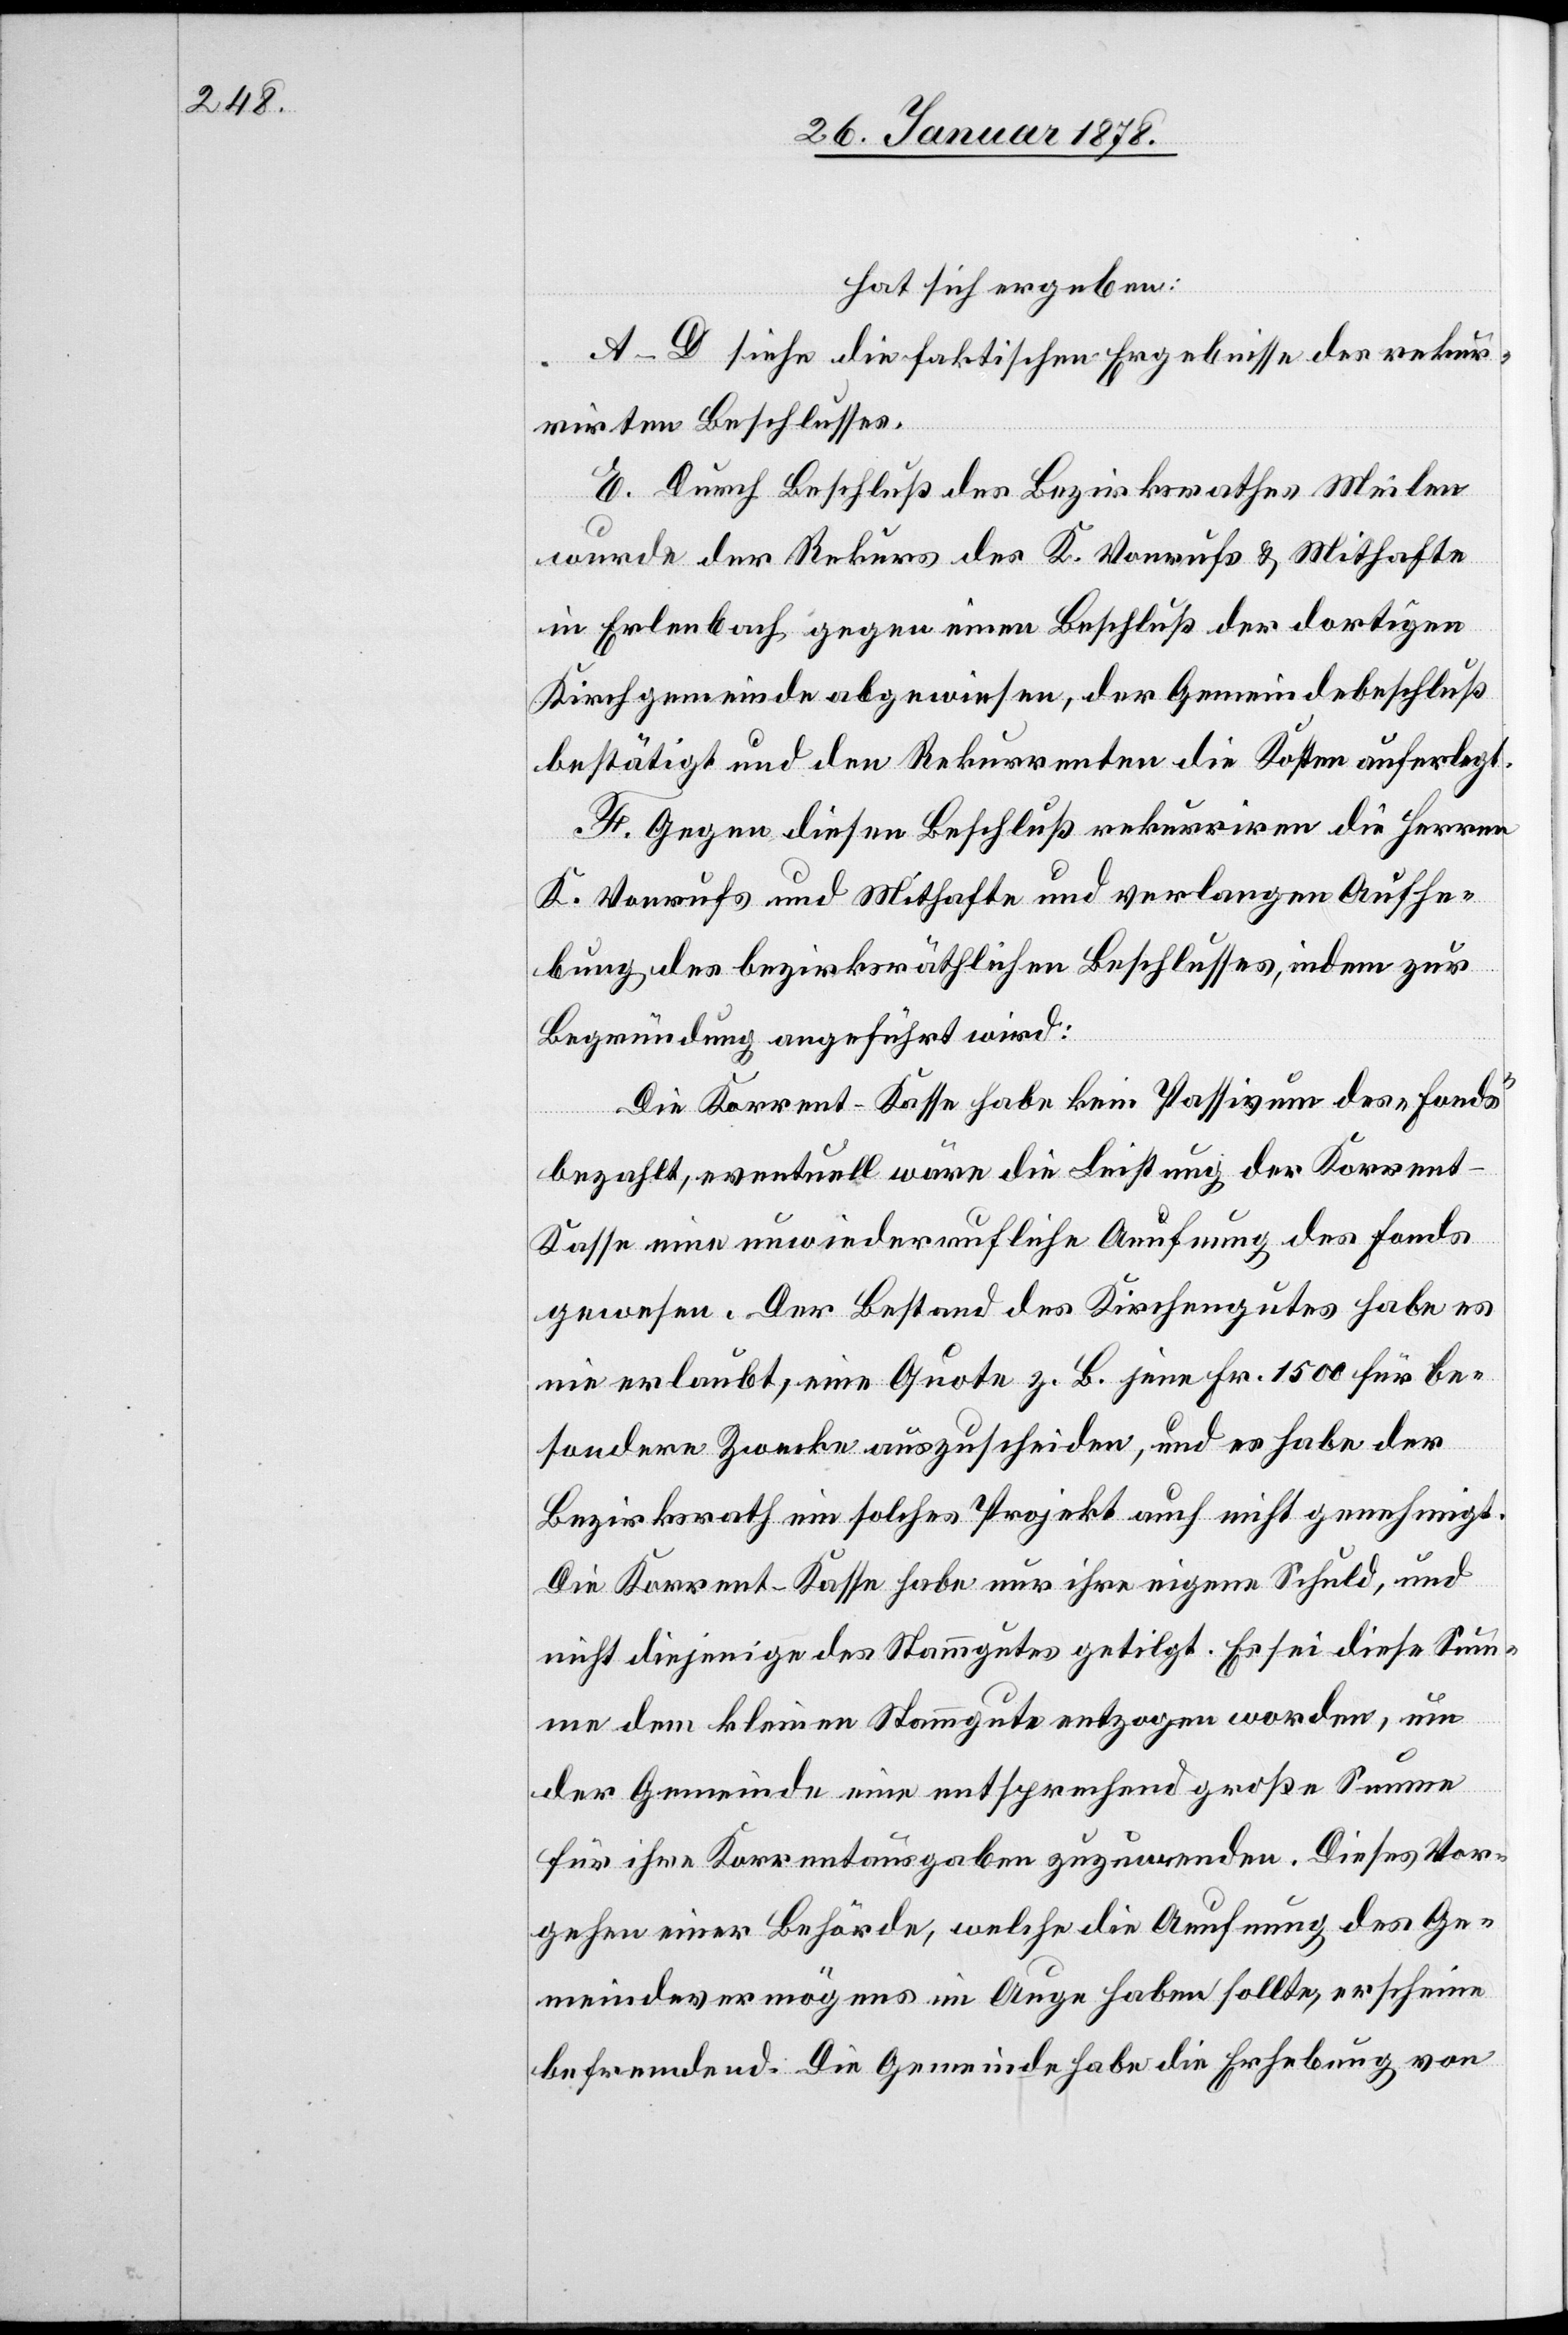
hat sich ergeben:
A–D. siehe die faktischen Ergebnisse des rekur¬
rirten Beschlusses.
E. Durch Beschluß des Bezirksrathes Meilen
wurde der Rekurs des K. Vonrufs & Mithafte
in Erlenbach gegen einen Beschluß der dortigen
Kirchgemeinde abgewiesen, der Gemeindebeschluß
bestätigt und den Rekurrenten die Kosten auferlegt.
F. Gegen diesen Beschluß rekurriren die Herren
K. Vonrufs und Mithafte und verlangen Aufhe¬
bung des bezirksräthlichen Beschlusses, indem zur
Begründung angeführt wird:
Die Korrent-Kasse habe kein Passivum des „Fonds“
bezahlt, eventuell wäre die Leistung der Korrent-K¬
asse eine unwiederrufliche Aeufnung des Fonds
gewesen. Der Bestand des Kirchengutes habe es
nie erlaubt, eine Quote z. B. jene Fr. 1500 für be¬
sondere Zwecke auszuscheiden, und es habe der
Bezirksrath ein solches Projekt auch nicht genehmigt.
Die Korrent-Kasse habe nur ihre eigene Schuld, und
nicht diejenige des Stammgutes getilgt. Es sei diese Sum¬
me dem kleinen Stammgute entzogen worden, um
der Gemeinde eine entsprechend große Summe
für ihre Korrentausgaben zuzuwenden. Dieses Vor¬
gehen einer Behörde, welche die Aeufnung des Ge¬
meindevermögens im Auge haben sollte, erscheine
befremdend. Die Gemeinde habe die Erhebung von